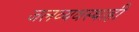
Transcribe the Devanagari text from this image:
जलव्यवस्थाही